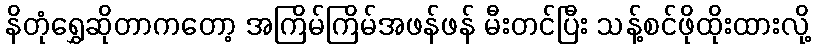
နိတုံရွှေဆိုတာကတော့ အကြိမ်ကြိမ်အဖန်ဖန် မီးတင်ပြီး သန့်စင်ဖိုထိုးထားလို့